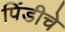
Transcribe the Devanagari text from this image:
पिंडीचे